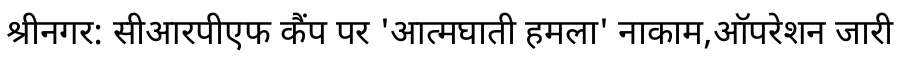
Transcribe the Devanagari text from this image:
श्रीनगर: सीआरपीएफ कैंप पर 'आत्मघाती हमला' नाकाम,ऑपरेशन जारी